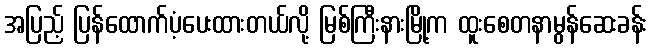
အပြည့် ပြန်ထောက်ပံ့ပေးထားတယ်လို့ မြစ်ကြီးနားမြို့က ထူးစေတနာမွန်ဆေးခန်း